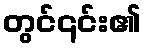
တွင်၎င်း၏